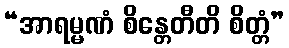
“အာရမ္မဏံ စိန္တေတီတိ စိတ္တံ”